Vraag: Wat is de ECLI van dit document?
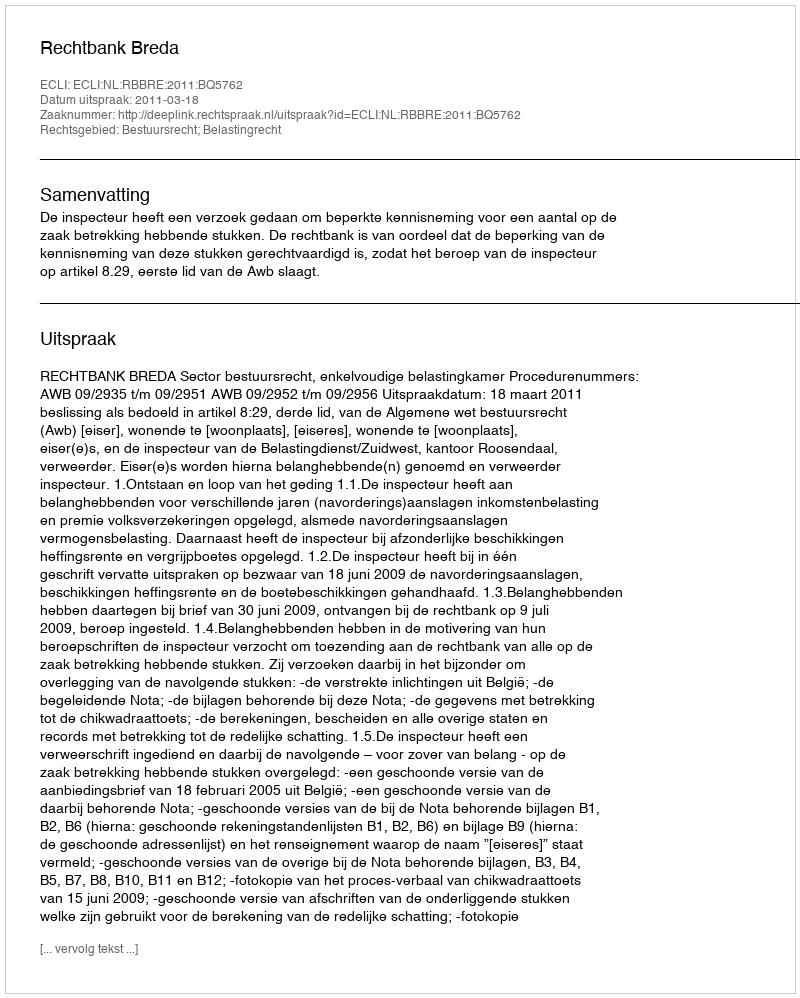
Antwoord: ECLI:NL:RBBRE:2011:BQ5762